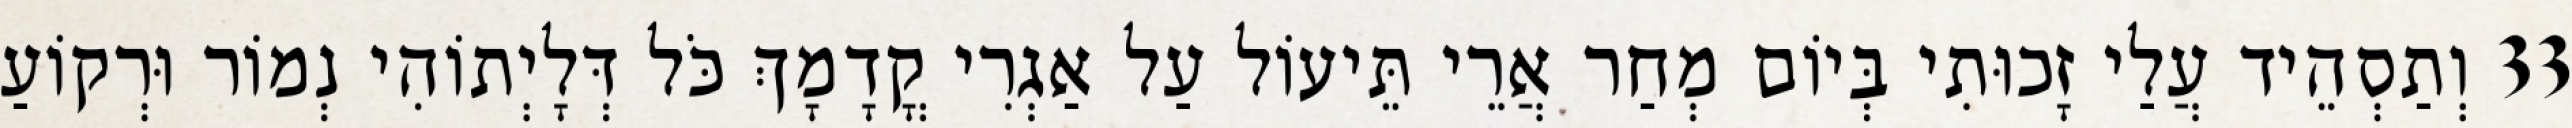
33 וְתַסְהֵיד עֲלַי זָכוּתִי בְּיוֹם מְחַר אֲרֵי תֵּיעוֹל עַל אַגְרִי קֳדָמָךְ כֹּל דְּלָיְתוֹהִי נְמוֹר וּרְקוֹעַ